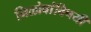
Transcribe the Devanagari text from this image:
निळोबांविषयी